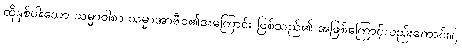
ထိုနှစ်ပါးသော သမ္မာဝါစာ သမ္မာအာဇီဝ၏အကြောင်း ဖြစ်သည်၏ အဖြစ်ကြောင့်လည်းကောင်း။)